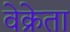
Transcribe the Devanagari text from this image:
वेक्रेता